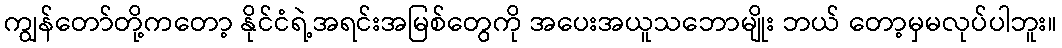
ကျွန်တော်တို့ကတော့ နိုင်ငံရဲ့အရင်းအမြစ်တွေကို အပေးအယူသဘောမျိုး ဘယ် တော့မှမလုပ်ပါဘူး။